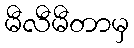
မီလီမီတာမှ